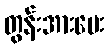
တွန်းအားပေး